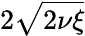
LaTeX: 2\sqrt{2\nu\xi}